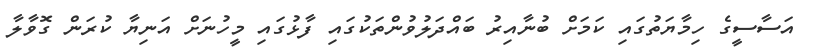
އަސާސީގެ ހިމާޔަތުގައި ކަމަށް ބުނާއިރު ބައްދަލުވުންތަކުގައި ފާޅުގައި މީހުނަށް އަނިޔާ ކުރަން ގޮވާލާ